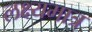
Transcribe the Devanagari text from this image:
लक्ष्यमात्र